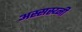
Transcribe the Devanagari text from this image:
अस्सस्य्नी